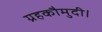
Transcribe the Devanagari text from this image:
ग्रहकौमुदी।